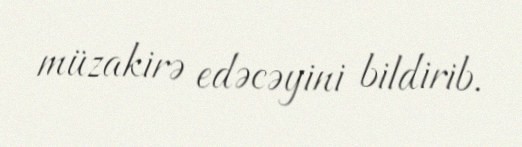
müzakirə edəcəyini bildirib.